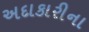
અદાકારીના